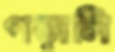
পড়ালি